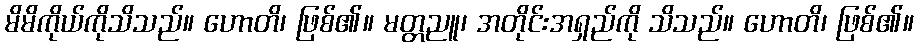
မိမိကိုယ်ကိုသိသည်။ ဟောတိ၊ ဖြစ်၏။ မတ္တညူ၊ အတိုင်းအရှည်ကို သိသည်။ ဟောတိ၊ ဖြစ်၏။